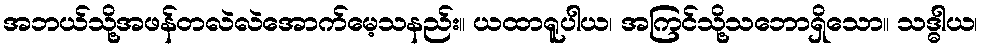
အဘယ်သို့အဖန်တလဲလဲအောက်မေ့သနည်း။ ယထာရူပါယ၊ အကြင်သို့သဘောရှိသော။ သဒ္ဓါယ၊